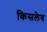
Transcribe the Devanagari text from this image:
किसलेव